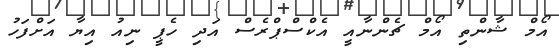
އޯމް ޝާންތި އޯމް ޗެންނާއީ އެކްސްޕްރެސް އަދި ހެޕީ ނިއު އިޔާ އަށްފަހު